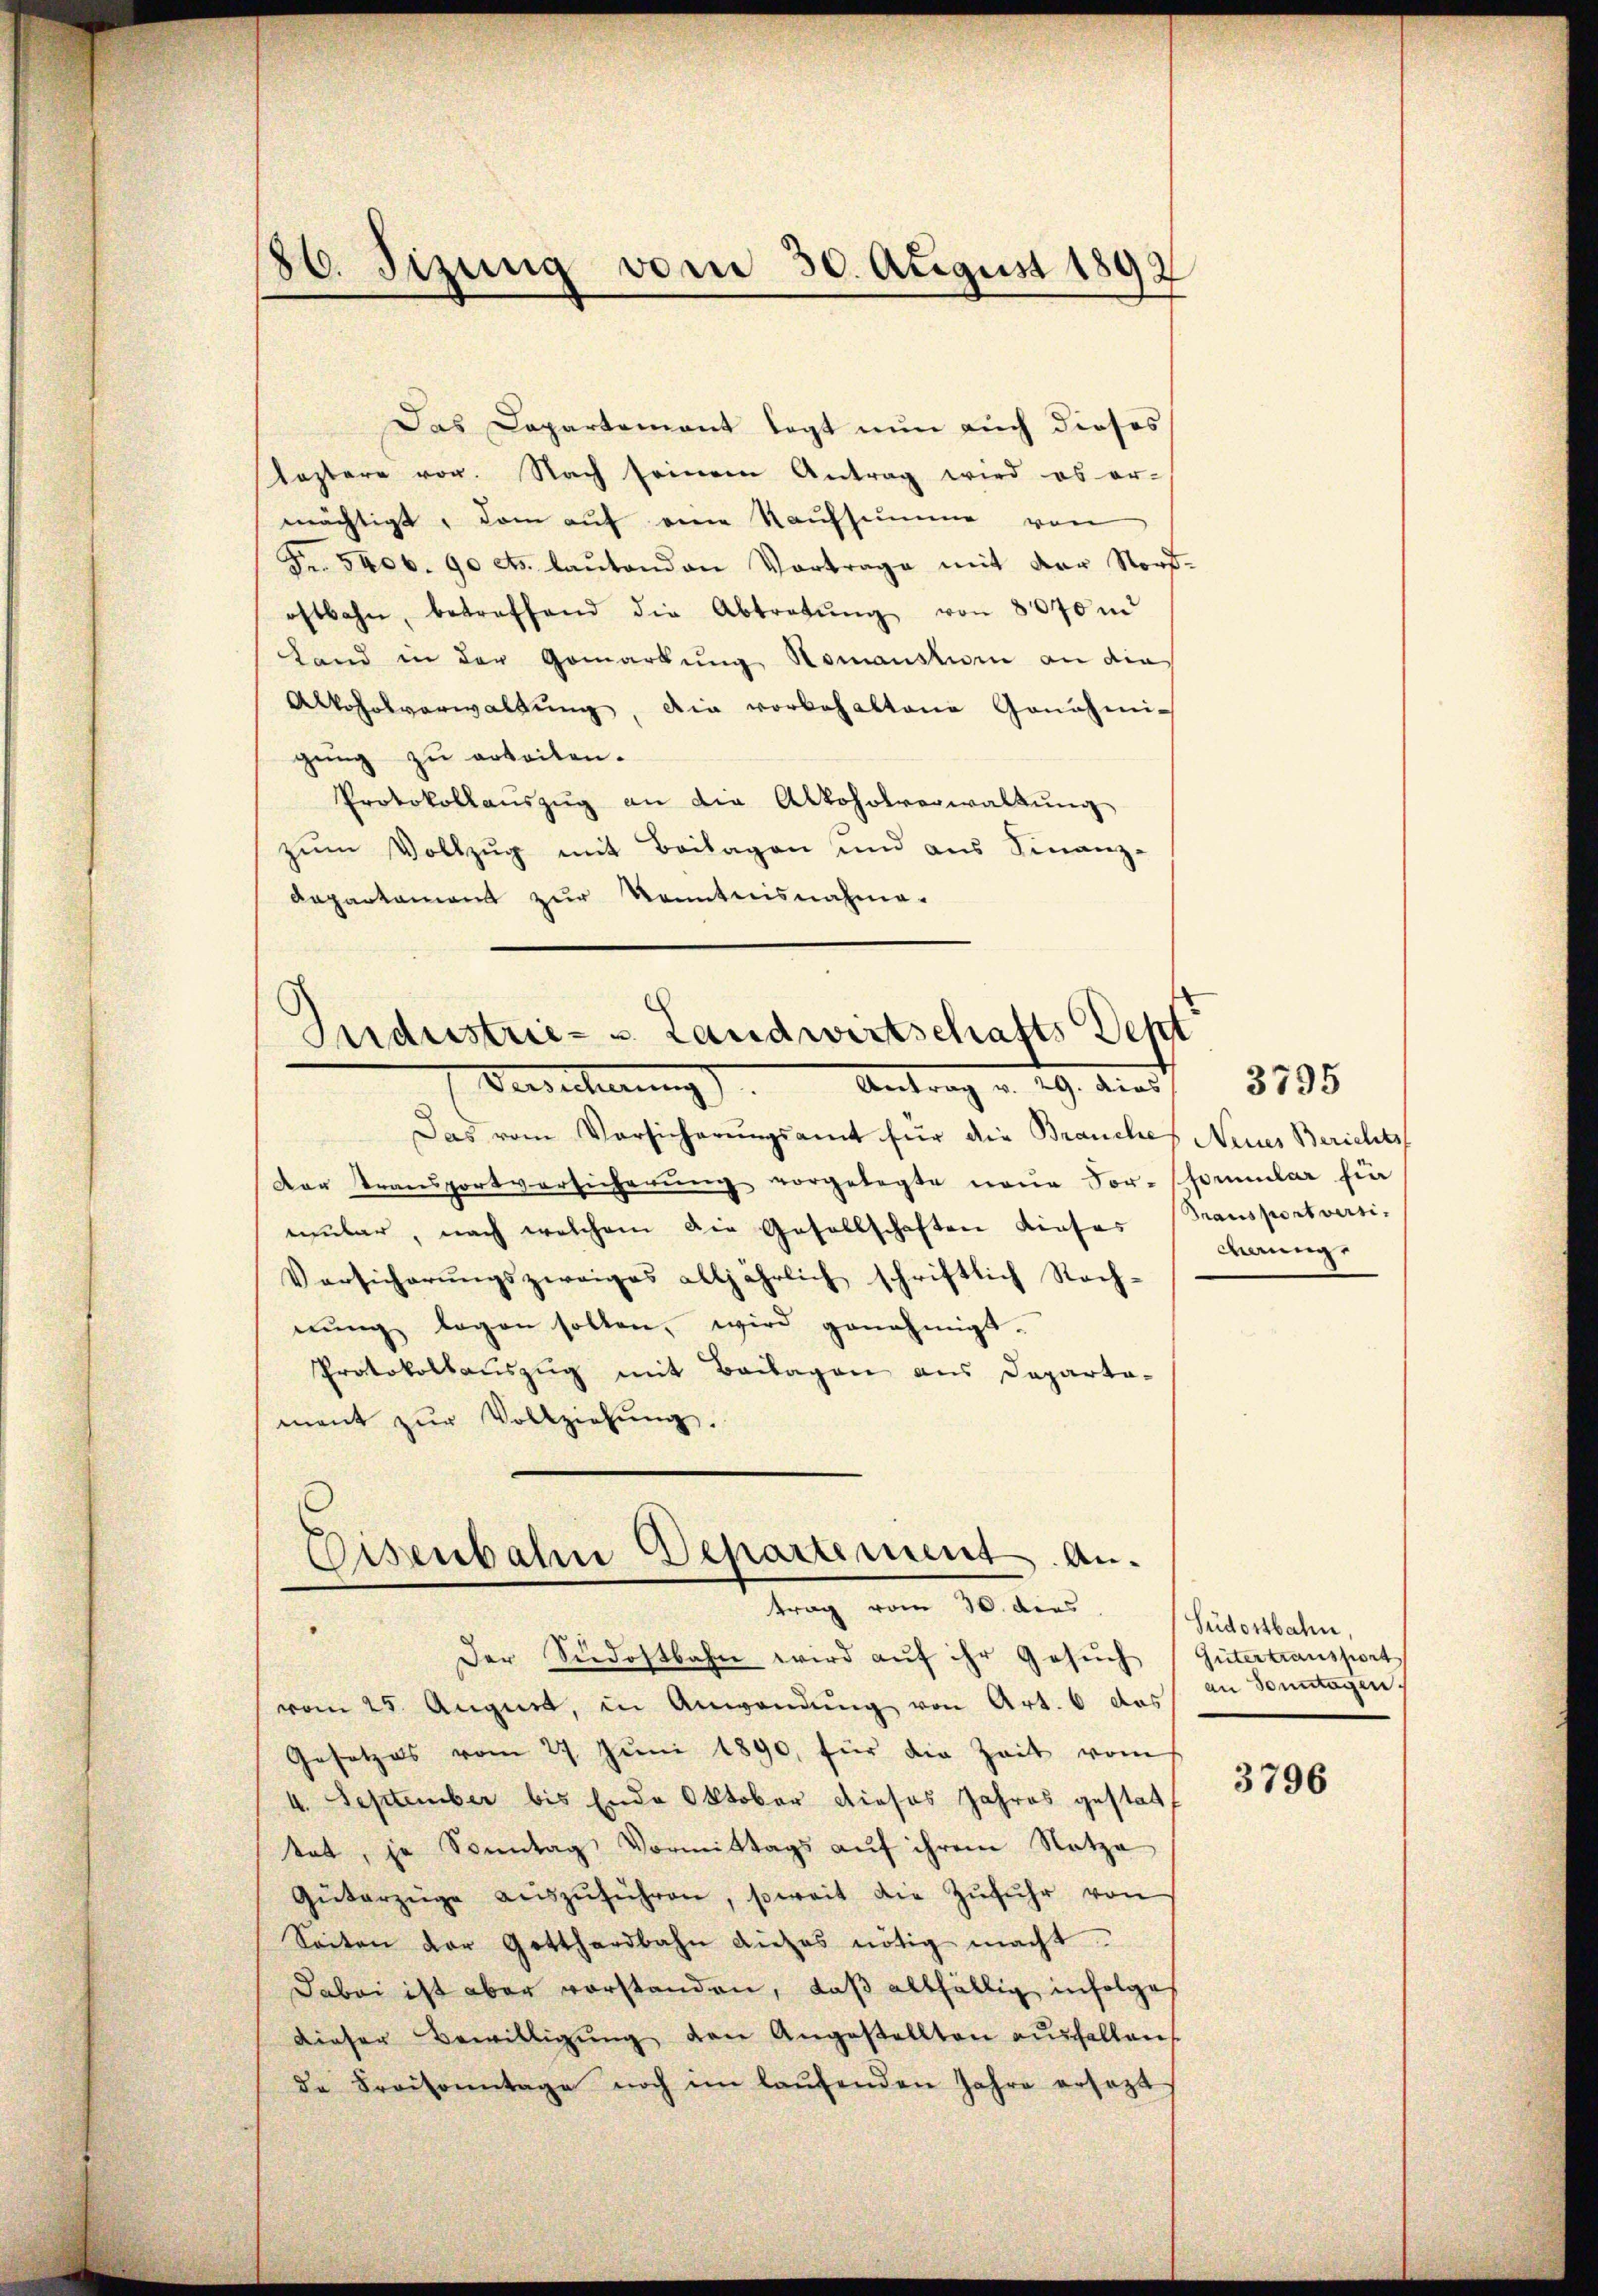
86. Sizung vom 30. August 1892

Das Departement legt nun auch dieses
leztere vor. Nach seinem Antrag wird es ermächtigt, dem auf eine Kaufsumme von
Fr. 5400. 90 cts. lautenden Vortrage mit der Norfostbahn, betreffend die Abtretŭng von 8070 m
Land in der Gemarkung Romanskum an dies
Alkoholverwaltŭng, die vorbehaltene Genehmi-
gung zu erteilen.
Protokollaŭszŭg an die Alkoholverwaltung
zŭm Vollzug mit Beilagen und aus Finanz-
Dapartament zur Kenntnisnahme-
Das vom Vorsicherŭngsamt für die Brauches Neines Berichts-
Der Transportversicherŭng vorgelegte neŭe Sor-Schömular für
mular, nach welchem die Gesellschaften dieses (Transportversi-
Versicherŭngszweiges alljährlich schriftlich Rach-
nŭng legen sollen, wird genehmigt.
Protokollauszug mit Beilagen aus Departa-
ment zŭr Vollziehŭng.
Eisenbahn Departement. An-
trag vom 30. dies
8
Der Südostbahn wird aŭf ihr Gesŭch
vom 25. August, in Anwendung von Art. 6 das
Gesetzes vom 27. Juni 1890, für die Zeit vom
4. September bis Ende Oktober dieses Jahres gestalt
tat, je Sonntag Vormittags auf ihrem Notza
Güterzüge aŭszŭführen, soweit die Zŭfŭhr von
Seiten der Gotthardbahn dieses nötig macht.
Dabei ist aber vorstanden, daß allfällig infolge
dieser Bewilligŭng den Angestellten ausfallens
de Kraisonntage noch im laŭfenden Jahre ersezt

Industrie- & Landwirtschafts Sept
Verrecherung). Antrag v. 29. dies

weung.

3795

Südostbahn,
Gütertransport
an Sonntagen.

3796